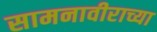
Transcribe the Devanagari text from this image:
सामनावीराच्या